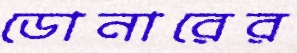
ডোনারের